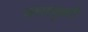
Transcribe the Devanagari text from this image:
तारामुंबरी